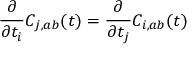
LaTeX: \frac { \partial } { \partial t _ { i } } C _ { j , a b } ( t ) = \frac { \partial } { \partial t _ { j } } C _ { i , a b } ( t )